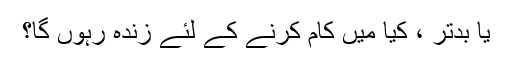
یا بدتر ، کیا میں کام کرنے کے لئے زندہ رہوں گا؟